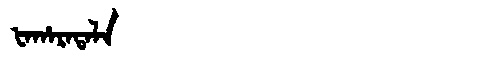
Manchu: ᡶᠠᡥᠠᡵᠠᡨᠠᠯᠠ
Romanization: FAHARATALA